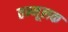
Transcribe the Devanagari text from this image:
तन्मूलक